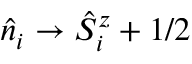
\hat { n } _ { i } \rightarrow \hat { S } _ { i } ^ { z } + 1 / 2